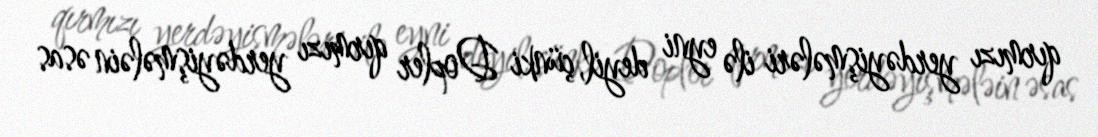
qırmızı yerdəyişmələri ilə eyni deyil, çünki Dopler qırmızı yerdəyişmələin əsas